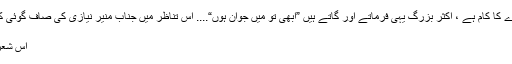
بڑھاپے کو تسلیم کرنا بھی دل گردے کا کام ہے ، اکثر بزرگ یہی فرماتے اور گاتے ہیں ”ابھی تو مَیں جوان ہوں“.... اس تناظر میں جناب منیر نیازی کی صاف گوئی کی داد دینا ہو گی ،جو فرماتے ہیں :
شباب ختم ہوا ، اک عذاب ختم ہوا
اس شعر سے ملتا جلتا ہمارا بھی حال ہے ۔